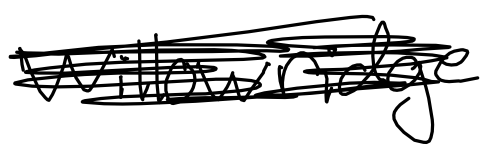
Text: Willowridge
Cross-out: scratch
Writing tool: digital_black